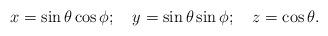
LaTeX: \begin{align*} x = \sin \theta \cos \phi ; \quad y = \sin \theta \sin \phi ; \quad z = \cos \theta .\end{align*}